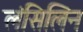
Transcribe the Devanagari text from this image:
लंसिलिन